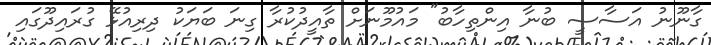
ގާނޫނު އަސާސީ ބުނާ އިންތިހާބު" މައުމޫނަށް ތާއީދުކުރާ ގިނަ ބަޔަކު ދިރިއުޅޭ ގުރައިދޫގައި